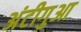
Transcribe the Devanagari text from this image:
अंटीगुआ